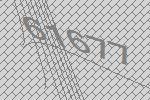
61677